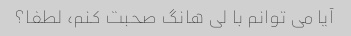
آیا می توانم با لی هانگ صحبت کنم، لطفا؟